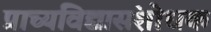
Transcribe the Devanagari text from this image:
प्राच्यविद्यासंशोधक